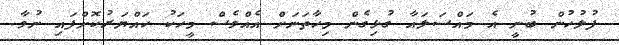
ފުލުހުން ބުނީ އެ މައްސަލައާ ގުޅިގެން މިހާތަނަށް އެއްވެސް މީހަކު ހައްޔަރުކޮށްފައި ނުވާ